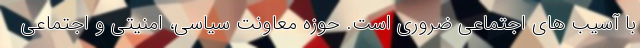
با آسیب های اجتماعی ضروری است. حوزه معاونت سیاسی، امنیتی و اجتماعی